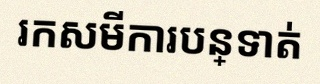
រកសមីការបន្ទាត់